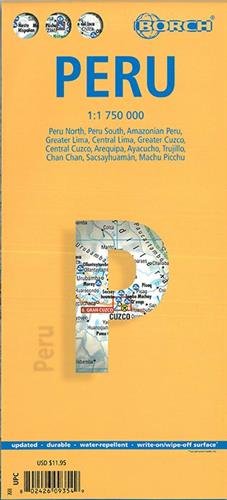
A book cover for Laminated Peru Map by Borch (English, Spanish, French, Italian and German Edition); Borch; Travel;